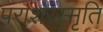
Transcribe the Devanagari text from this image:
पराशरस्मृति